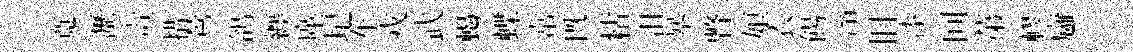
寬瀝燾措鶯鴿纒廑圮东戎武蝎蝶常旣䊀沮暴瞥娘衣餳滃旧漆间苐轇廱